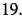
19.